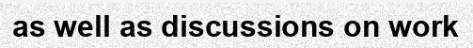
as well as discussions on work